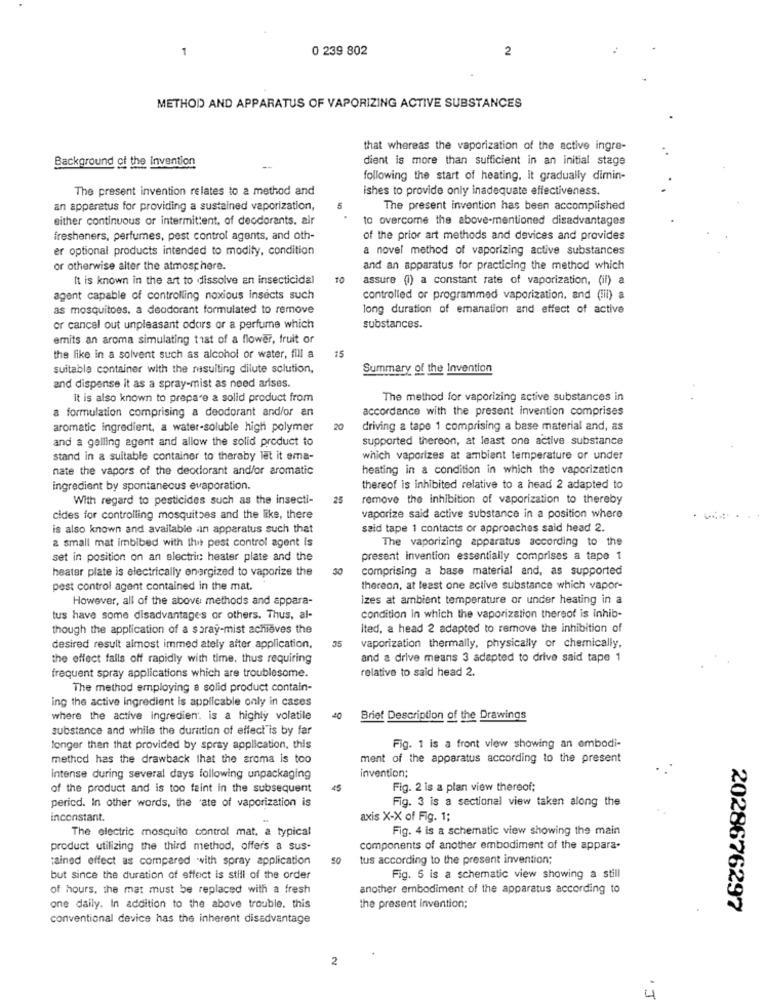
1
0 239 802
2
METHOD AND APPARATUS OF VAPORIZING ACTIVE SUBSTANCES
that whereas the vaporization of the active ingre-
Background of the Invention
dient is more than sufficient in an initial stage
following the start of heating, it gradually dimin-
The present invention relates to a method and
ishes to provide only inadequate effectiveness.
an apparatus for providing a sustained vaporization,
The present invention has been accomplished
either continuous or intermittent, of deodorants. air
to overcome the above-mentioned disadvantages
fresheners, perfumes, pest control agents, and oth-
of the prior art methods and devices and provides
er optional products intended to modify, condition
a novel method of vaporizing active substances
or otherwise alter the atmosphere.
and an apparatus for practicing the method which
It is known in the art to dissolve an insecticidal
10
assure (l) a constant rate of vaporization, (il) a
agent capable of controlling noxious Insects such
controlled or programmed vaporization, and (Iii) &
as mosquitoes, a deodorant formulated to remove
long duration of emanation and effect of active
or cancel out unpleasant odors or a perfume which
substances.
emits an aroma simulating that of a flower, fruit or
the like in a solvent such as alcohol or water, fill a
15
suitable container with the resulting dilute solution,
Summary of the Invention
and dispense it as a spray-mist as need arises.
It is also known to prepare a solid product from
The method for vaporizing active substances in
a formulation comprising a deodorant and/or en
accordance with the present invention comprises
aromatic ingredient, a water-soluble high polymer
20
driving a tape 1 comprising a base material and, as
and a galling agent and allow the solid product to
supported thereon, at least one active substance
stand in a suitable container to theraby let it ema-
which vaporizes at ambient temperature or under
nate the vapors of the deodorant and/or aromatic
heating in a condition in which the vaporization
ingredient by spontaneous evaporation.
thereof is inhibited relative to a head 2 adapted to
With regard to pesticides such as the insecti-
25
remove the inhibition of vaporization to thereby
cides for controlling mosquitoes and the like, there
vaporize said active substance in a position where
is also known and available an apparatus such that
said tape 1 contacts or approaches said head 2.
2 small mat imbibed with the pest control agent is
The vaporizing apparatus according to the
set in position on an electric heater plate and the
present invention essentially comprises a tape 1
heater plate is electrically energized to vaporize the
30
comprising a base material and, as supported
pest control agent contained in the mat.
thereon, at least one active substance which vapor-
However, all of the above methods and appara-
izes at ambient temperature or under heating in a
tus have some disadvantages or others. Thus, al-
condition in which the vaporization thereof is Inhib-
though the application of a saray-mist achieves the
ited, a head 2 adapted to remove the inhibition of
35
desired result almost immed ately after application,
vaporization thermally, physically or chemically.
the effect falls off rapidly with time. thus requiring
and a drive means 3 adapted to drive said tape 1
relative to said head 2.
frequent spray applications which are troublesome.
The method employing a solid product contain-
ing the active ingredient is applicable only in cases
where the active ingredien. is a highly volatile
40
Brief Description of the Drawings
substance and while the duration of effect"is by far
Fig. 1 is a front view showing an embodi-
longer than that provided by spray application. this
method has the drawback that the aroma is too
ment of the apparatus according to the present
Intense during several days following unpackaging
invention;
of the product and is too faint in the subsequent
45
Fig. 2 is a plan view thereof;
pericd. In other words, the 'ate of vaporization is
Fig. 3 is a sectional view taken along the
inconstant.
axis X-X of Fig. 1;
The electric mosquito control mat. a typical
Fig. 4 is a schematic view showing the main
product utilizing the third method, offers a sus-
components of another embodiment of the appara-
tained effect as compared with spray application
50
tus according to the present invention;
but since the duration of effect is still of the order
Fig. 5 is a schematic view showing a still
of hours. the mat must be replaced with a fresh
another embodiment of the apparatus according to
one daily. In addition to the above trouble. this
the present invention;
2028676297
conventional device has the inherent disadvantage
2